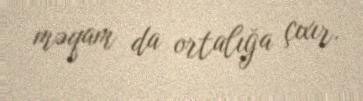
məqam da ortalığa çıxır.